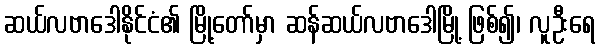
ဆယ်လဗာဒေါနိုင်ငံ၏ မြို့တော်မှာ ဆန်ဆယ်လဗာဒေါမြို့ ဖြစ်၍၊ လူဦးရေ